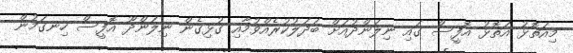
މިއަތޮޅު އަތޮޅު އޮފީސް ގައި ނިލަންދުއަށް ބަދަލުކުރެއްވުމާއި ގުޅިގެން ނިލަންދޫ އޮފީސް ހިނގަމުން